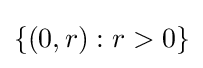
\{(0,r):r>0\}